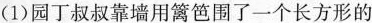
(1)园丁叔叔靠墙用篱笆围了一个长方形的